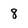
Character: 8